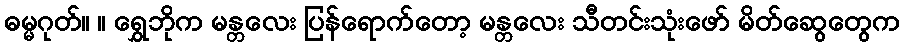
ဓမ္မဂုတ်။ ။ ရွှေဘိုက မန္တလေး ပြန်ရောက်တော့ မန္တလေး သီတင်းသုံးဖော် မိတ်ဆွေတွေက